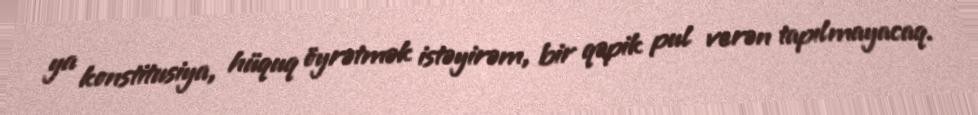
ya konstitusiya, hüquq öyrətmək istəyirəm, bir qəpik pul verən tapılmayacaq.